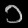
Digit: ၁